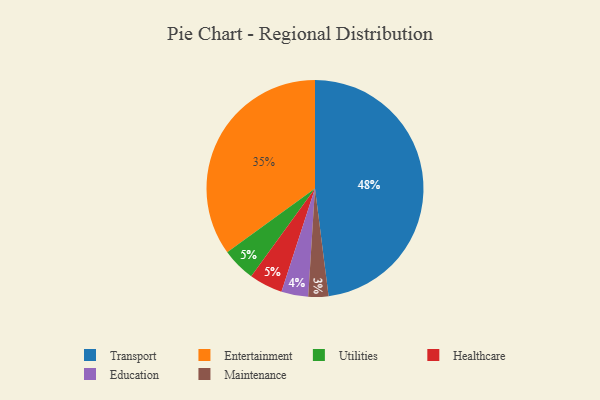
{"axis": {"x": "Category", "y": "Percentage"}, "legend": ["Education", "Entertainment", "Healthcare", "Maintenance", "Transport", "Utilities"], "data": [{"x": "Education", "y": 4, "type": "Education"}, {"x": "Utilities", "y": 5, "type": "Utilities"}, {"x": "Maintenance", "y": 3, "type": "Maintenance"}, {"x": "Healthcare", "y": 5, "type": "Healthcare"}, {"x": "Transport", "y": 48, "type": "Transport"}, {"x": "Entertainment", "y": 35, "type": "Entertainment"}]}